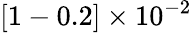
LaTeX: [1-0.2]\times 10^{-2}